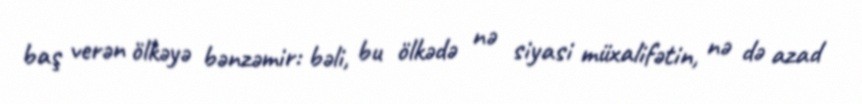
baş verən ölkəyə bənzəmir: bəli, bu ölkədə nə siyasi müxalifətin, nə də azad